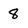
Character: 8